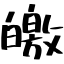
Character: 皦